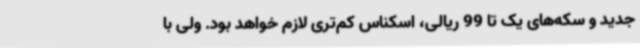
جدید و سکه‌های یک تا 99 ریالی، اسکناس کم‌تری لازم خواهد بود. ولی با